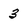
Character: 3